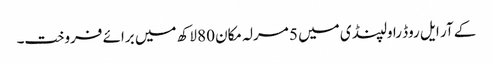
کے آر ایل روڈ راولپنڈی میں 5 مرلہ مکان 80 لاکھ میں برائے فروخت۔